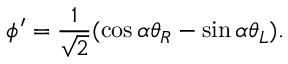
\phi ^ { \prime } = \frac { 1 } { \sqrt { 2 } } ( \cos \alpha \theta _ { R } - \sin \alpha \theta _ { L } ) .